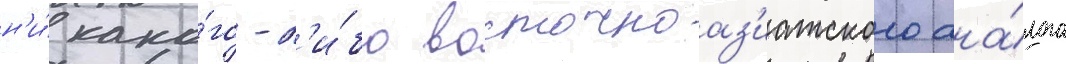
н'и́ како́го-л'и́бо восточноаз'иатского ана́лога